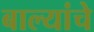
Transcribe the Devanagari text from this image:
बाल्यांचे